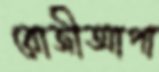
রোজীআপা